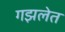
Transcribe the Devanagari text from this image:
गझलेत